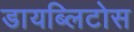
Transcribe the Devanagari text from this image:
डायब्लिटोस